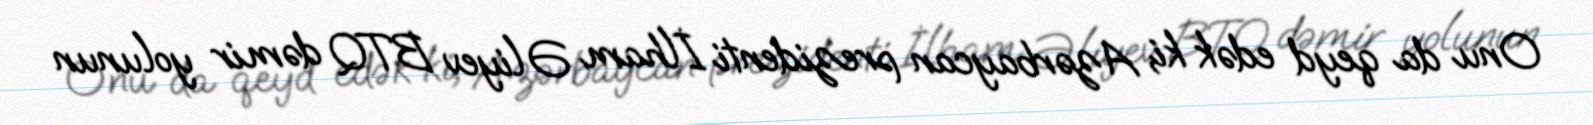
Onu da qeyd edək ki, Azərbaycan prezidenti İlham Əliyev BTQ dəmir yolunun